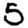
Digit: 5